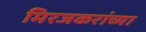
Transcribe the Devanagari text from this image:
मिरजकरांच्या